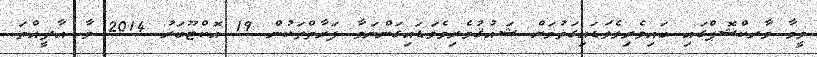
ވީމާ ވާރކްޝޮޕްގައި ބައިވެރިވެވަޑައިގަތުމަށް ޝައުޤުވެރިވެވަޑައިގަންނަވާ ފަރާތްތަކުން 19 އޮކްޓޫބަރު 2014 ވާ އާދީއްތަ